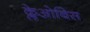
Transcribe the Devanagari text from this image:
क्लेओबिस